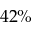
4 2 \%